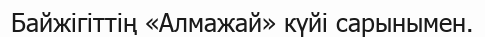
Байжігіттің «Алмажай» күйі сарынымен.